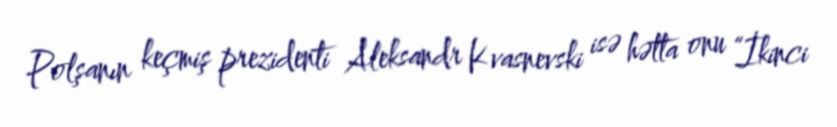
Polşanın keçmiş prezidenti Aleksandr Kvasnevski isə hətta onu “İkinci